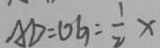
A D = O G = \frac { 1 } { 2 } x